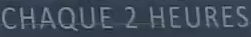
CHAQUE 2 HEURES